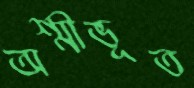
অশ্মীভূত